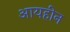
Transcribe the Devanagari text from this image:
आयहीन